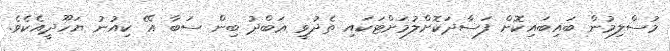
މުސްލިމުން ބައިބައިކޮށް ފަސާދަކޮށްލުމަށްޓަކައި ތެދުވީ ޢަބްދު ބިން ސަބާ އޭ ކިއުނު ޔަހޫދީއެކެވެ.